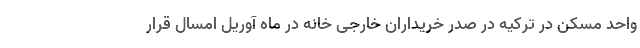
واحد مسکن در ترکیه در صدر خریداران خارجی خانه در ماه آوریل امسال قرار